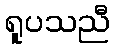
ရူပသညီ